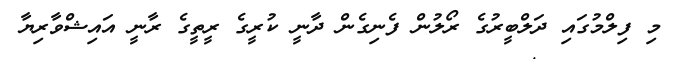
މި ފިލްމުގައި ދަލްބީރުގެ ރޯލުން ފެނިގެން ދާނީ ކުރީގެ ރީތީގެ ރާނީ އައިޝްވާރިޔާ